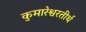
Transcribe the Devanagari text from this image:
कुमारेश्वरतीर्थ